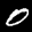
Label: 0